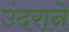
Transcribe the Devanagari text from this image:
उंदराने